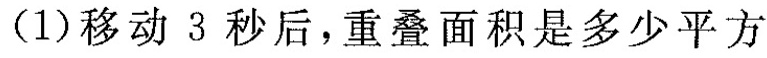
(1)移动3秒后，重叠面积是多少平方